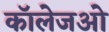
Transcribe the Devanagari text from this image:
कॉलेजओ